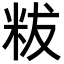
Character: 𥹔